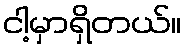
ငါ့မှာရှိတယ်။